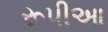
રૂપીઆ